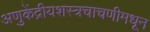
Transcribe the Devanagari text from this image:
अणुकेंद्रीयशस्‍त्रचाचणीमधून